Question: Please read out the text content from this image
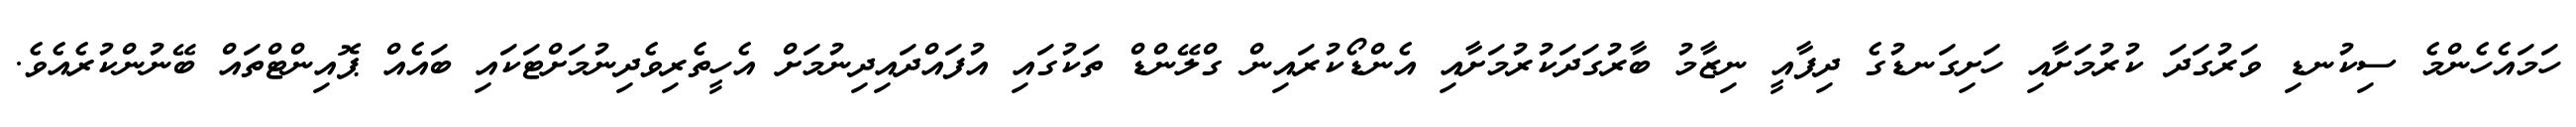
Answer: ހަމައެހެންމެ ސިކުނޑި ވަރުގަދަ ކުރުމަށާއި ހަށިގަނޑުގެ ދިފާއީ ނިޒާމު ބާރުގަދަކުރުމަށާއި އެންޑޯކުރައިން ގްލޭންޑް ތަކުގައި އުފައްދައިދިނުމަށް އެހީތެރިވެދިނުމަށްޓަކައި ބައެއް ޕޮއިންޓްތައް ބޭނުންކުރެއެވެ.